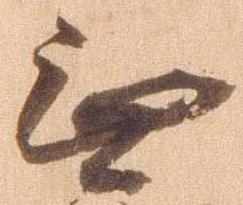
無